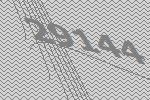
29144